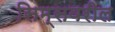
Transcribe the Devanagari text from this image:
सिम्सवरील